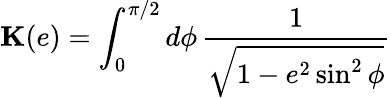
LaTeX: \mathbf{K}(e)=\int_{0}^{\pi/2}d\phi\, \frac{1}{\sqrt{1-e^{2}\sin^{2}\phi}}